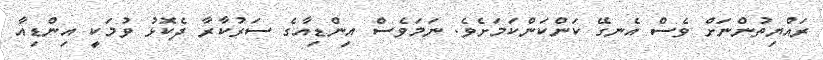
ރައްޔިތުންނަށް ވެސް އެނގޭ ކަންކަންކަމަށެވެ. ނަމަވެސް އިންޑިއާގެ ސަރުކާރާ ދެކޮޅު ވުމަކީ އިންޑިއާ